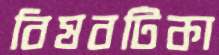
বিষবটিকা